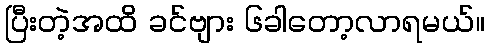
ပြီးတဲ့အထိ ခင်ဗျား ၆ခါတော့လာရမယ်။